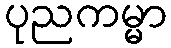
ပုညကမ္မာ